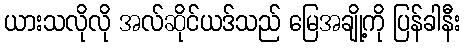
ယားသလိုလို အလ်ဆိုင်ယဒ်သည် မြေအချို့ကို ပြန်ခါနီး